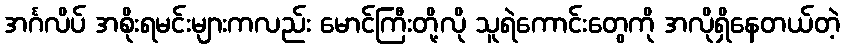
အင်္ဂလိပ် အစိုးရမင်းများကလည်း မောင်ကြီးတို့လို သူရဲကောင်းတွေကို အလိုရှိနေတယ်တဲ့